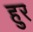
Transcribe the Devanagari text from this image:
हुर